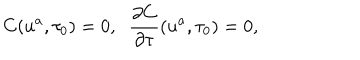
LaTeX: C ( u ^ { a } , \tau _ { 0 } ) = 0 , \; \; \frac { \partial C } { \partial \tau } ( u ^ { a } , \tau _ { 0 } ) = 0 ,